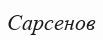
Сарсенов